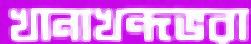
খানাখন্দভরা